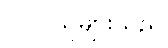
ပါဝင်သူများသည်